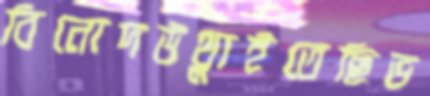
বিনোদউথ্‌লাইতেছিভ